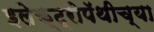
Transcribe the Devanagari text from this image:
इलेक्ट्रोपॅथीच्या